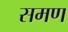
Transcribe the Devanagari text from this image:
समण